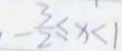
- \frac { 3 } { 2 } \leq x < 1